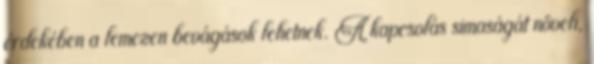
érdekében a lemezen bevágások lehetnek. A kapcsolás simaságát növeli,